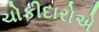
ચોકીદારોએ